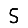
Digit: 5